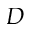
D